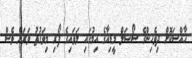
ހާއްސަކޮށް ދިވެހިންގެ ސޯޝަލް މީޑިއާގެ އިމުގައި ލަވައިގެ ފޯރި މިވަގުތު ވަރަށް ވެސް